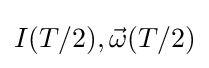
I(T/2),{\vec {\omega }}(T/2)